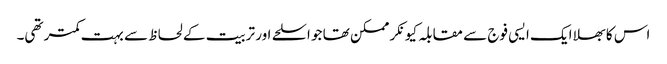
اس کا بھلا ایک ایسی فوج سے مقابلہ کیونکر ممکن تھا جو اسلحے اور تربیت کے لحاظ سے بہت کمتر تھی۔